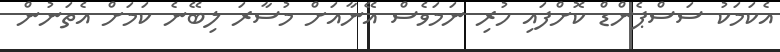
އެކަމަކު ސަސްޕެންޑް ކޮށްފައި ހުރި ނަމަވެސް އޭނާއަށް މުސާރަ ލިބޭނެ ކަމަށް އެތަނުން